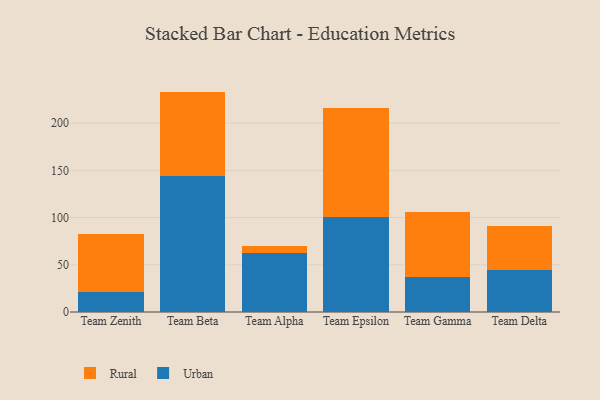
{"axis": {"x": "Team", "y": "Bounce Rate (%)"}, "legend": ["Rural", "Urban"], "data": [{"x": "Team Zenith", "y": 20.7, "type": "Urban"}, {"x": "Team Zenith", "y": 62.3, "type": "Rural"}, {"x": "Team Beta", "y": 144.4, "type": "Urban"}, {"x": "Team Beta", "y": 89.0, "type": "Rural"}, {"x": "Team Alpha", "y": 63.0, "type": "Urban"}, {"x": "Team Alpha", "y": 6.4, "type": "Rural"}, {"x": "Team Epsilon", "y": 100.6, "type": "Urban"}, {"x": "Team Epsilon", "y": 115.3, "type": "Rural"}, {"x": "Team Gamma", "y": 36.7, "type": "Urban"}, {"x": "Team Gamma", "y": 69.0, "type": "Rural"}, {"x": "Team Delta", "y": 45.0, "type": "Urban"}, {"x": "Team Delta", "y": 45.9, "type": "Rural"}]}